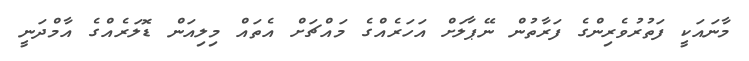
މާނައަކީ ފަތުރުވެރިންގެ ފަރާތުން ނޭޕާލަށް އަހަރެއްގެ މައްޗަށް އެތައް މިލިއަން ޑޮލަރެއްގެ އާމްދަނީ